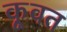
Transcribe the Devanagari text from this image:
कू़वत